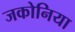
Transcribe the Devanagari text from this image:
जकोनिया